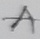
Text: A